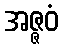
အဇ္ဇဝံ